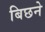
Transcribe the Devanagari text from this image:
बिछने